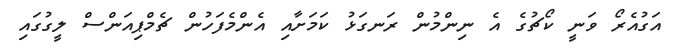
އަގުއެރޯ ވަނީ ކޯޗުގެ އެ ނިންމުން ރަނގަޅު ކަމަށާއި އެންމެފަހުން ޗެމްޕިއަންސް ލީގުގައި